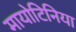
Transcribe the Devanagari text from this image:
मायोटिनिया